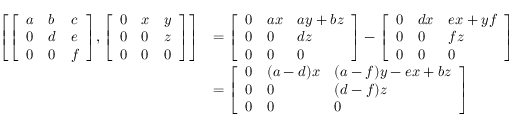
{ \begin{array} { r l } { \left[ { \left[ \begin{array} { l l l } { a } & { b } & { c } \\ { 0 } & { d } & { e } \\ { 0 } & { 0 } & { f } \end{array} \right] } , { \left[ \begin{array} { l l l } { 0 } & { x } & { y } \\ { 0 } & { 0 } & { z } \\ { 0 } & { 0 } & { 0 } \end{array} \right] } \right] } & { = { \left[ \begin{array} { l l l } { 0 } & { a x } & { a y + b z } \\ { 0 } & { 0 } & { d z } \\ { 0 } & { 0 } & { 0 } \end{array} \right] } - { \left[ \begin{array} { l l l } { 0 } & { d x } & { e x + y f } \\ { 0 } & { 0 } & { f z } \\ { 0 } & { 0 } & { 0 } \end{array} \right] } } \\ & { = { \left[ \begin{array} { l l l } { 0 } & { ( a - d ) x } & { ( a - f ) y - e x + b z } \\ { 0 } & { 0 } & { ( d - f ) z } \\ { 0 } & { 0 } & { 0 } \end{array} \right] } } \end{array} }